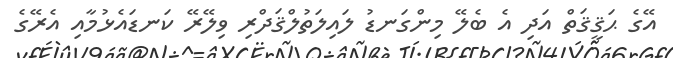
އޭގެ ޙަޤީޤަތް އަދި އެ ބެލޭ މިންގަނޑު ލައިލަތުލްޤަދްރި ވިލޭރޭ ކަނޑައެޅުމާއި އެރޭގެ